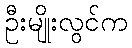
ဦးမျိုးလွင်က